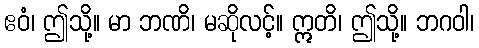
ဧဝံ၊ ဤသို့။ မာ ဘဏိ၊ မဆိုလင့်။ ဣတိ၊ ဤသို့။ ဘဂဝါ၊